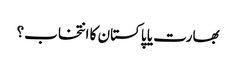
بھارت یا پاکستان کا انتخاب؟